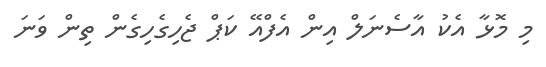
މި މޮޅާ އެކު އާސެނަލް އިން އެފްއޭ ކަޕް ޖެހިގެހިގެން ތިން ވަނަ